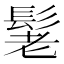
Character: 𮫃